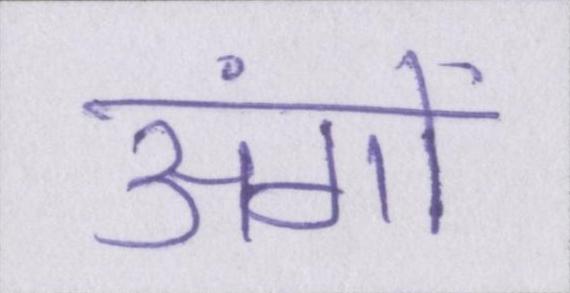
अंगों